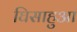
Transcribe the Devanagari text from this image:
घिसाहुआ